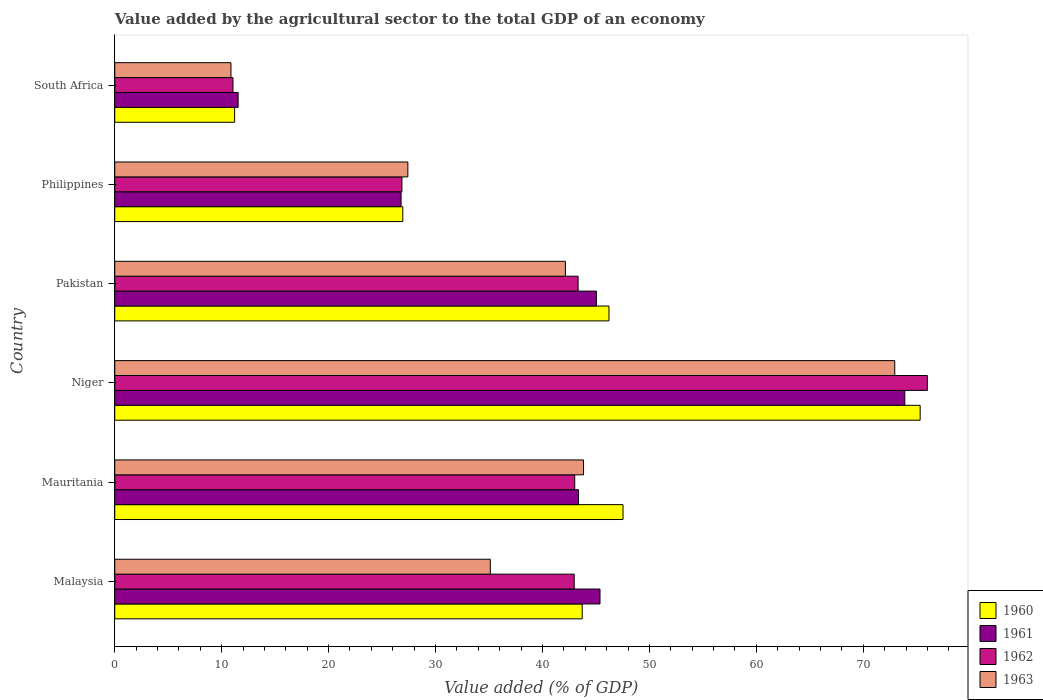
| Country | 1960 | 1961 | 1962 | 1963 |
 | --- | --- | --- | --- | --- |
 | Malaysia | 43.7 | 45.4 | 43 | 35.1 |
 | Mauritania | 47.5 | 43.4 | 43 | 43.8 |
 | Niger | 75.3 | 73.9 | 76 | 72.9 |
 | Pakistan | 46.2 | 45 | 43.3 | 42.1 |
 | Philippines | 26.9 | 26.8 | 26.9 | 27.4 |
 | South Africa | 11.2 | 11.5 | 11.1 | 10.9 |